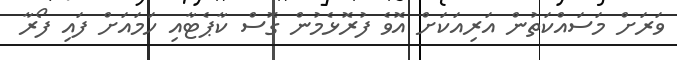
ވަރަށް މަސައްކަތުން އަރިއަކަށް އޮވެ ފުރޮޅެމުން ގޮސް ކާޕެޓާއި ހަމައަށް ފައި ފޯރާ